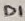
Text: D1